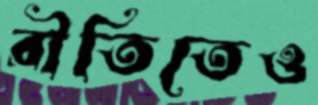
রীতিতেও